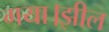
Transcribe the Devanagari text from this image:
गया।झील